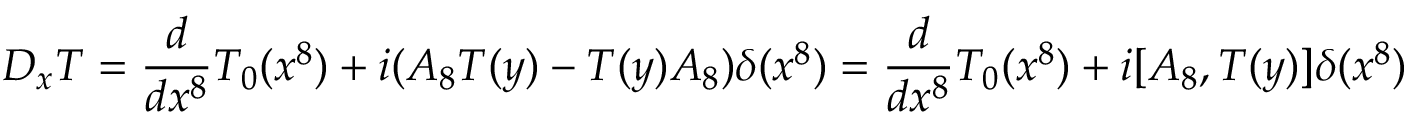
D _ { x } T = \frac { d } { d x ^ { 8 } } T _ { 0 } ( x ^ { 8 } ) + i ( A _ { 8 } T ( y ) - T ( y ) A _ { 8 } ) \delta ( x ^ { 8 } ) = \frac { d } { d x ^ { 8 } } T _ { 0 } ( x ^ { 8 } ) + i [ A _ { 8 } , T ( y ) ] \delta ( x ^ { 8 } )